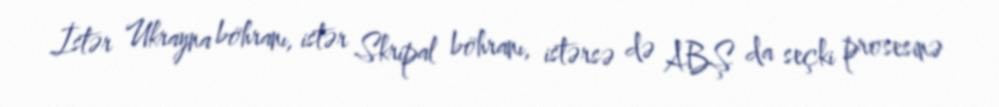
İstər Ukrayna böhranı, istər Skripal böhranı, istərsə də ABŞ da seçki prosesinə